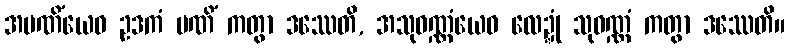
အမဏိံယေဝ ဥဒကံ မဏိံ ကတွာ ဒဿေတိ, အသုဝဏ္ဏံယေဝ လေဍ္ဍုံ သုဝဏ္ဏံ ကတွာ ဒဿေတိ။